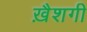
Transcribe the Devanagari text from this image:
ख़ैशगी